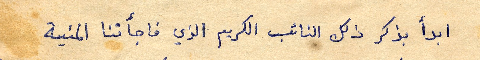
ابدأ بذكر ذلك النائب الكريم الذي فاجأتنا المنية